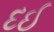
દઈ